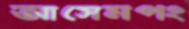
আসেমপং